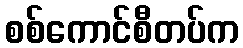
စစ်ကောင်စီတပ်က